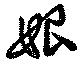
娘